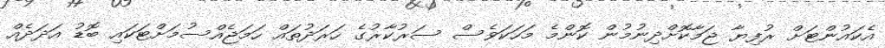
އެކައުންޓަށް ރުފިޔާ ޖަމާކޮށްދިނުމުން ކޮންމެ މަހަކަވެސް ސަރުކާރުގެ ހަރަދުތައް ހަމަޖެއްސުމަށްޓަކައި ބޮޑު އަދަދެއް